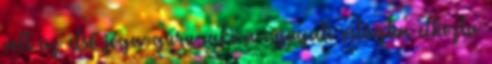
volt az első jóga-guru, aki a nyugati világba elhozta